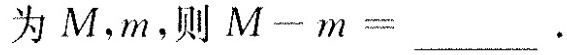
为M，m，则M-m=___。